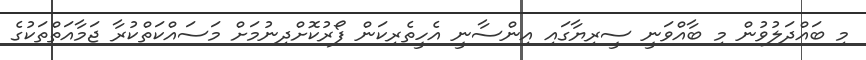
މި ބައްދަލުވުން މި ބާއްވަނީ ސީރިޔާގައި އިންސާނީ އެހީތެރިކަން ފޯރުކޮށްދިނުމަށް މަސައްކަތްކުރާ ޖަމާއަތްތަކުގެ